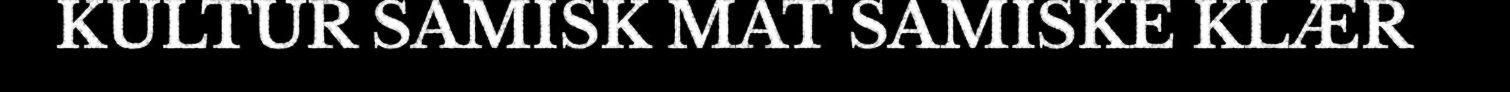
KULTUR SAMISK MAT SAMISKE KLÆR